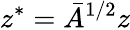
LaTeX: z^{*}=\bar{A}^{1/2}z